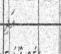
އަދި